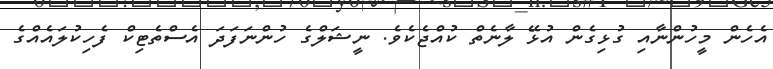
އެހެން މީހުންނާއި ގުޅިގެން އުޅޭ ލާނެތް ކުއްޖެކެވެ. ނީޝަލްގެ ހުންނަފަދަ އެސްތެޓިކް ފެހިކުލައެއްގެ